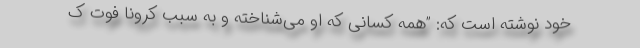
خود نوشته است که: ”همه کسانی که او می‌شناخته و به سبب کرونا فوت ک